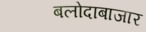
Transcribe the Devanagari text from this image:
बलोदाबाजार